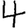
Digit: 4